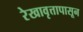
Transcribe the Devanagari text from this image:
रेखावृत्तापासून